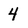
Character: 4